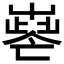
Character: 𡴧